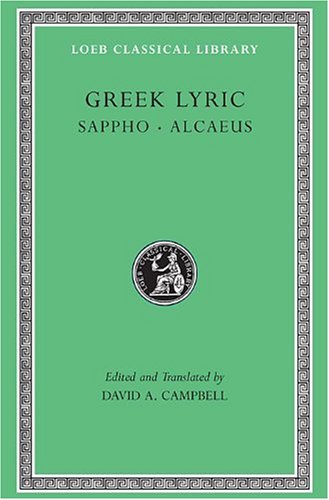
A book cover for Greek Lyric: Sappho and Alcaeus (Loeb Classical Library No. 142) (Volume I); Sappho; Literature & Fiction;